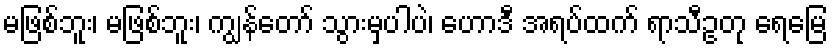
မဖြစ်ဘူး၊ မဖြစ်ဘူး၊ ကျွန်တော် သွားမှပါပဲ၊ ဟောဒီ အရပ်ထက် ရာသီဥတု ရေမြေ